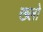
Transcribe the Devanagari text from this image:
ख्लो